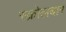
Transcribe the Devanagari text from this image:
स्क्रोलबार